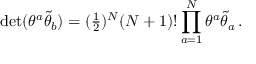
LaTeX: \operatorname * { d e t } ( \theta ^ { a } \tilde { \theta } _ { b } ) = ( \textstyle { \frac { 1 } { 2 } } ) ^ { { \cal N } } ( { \cal N } + 1 ) ! \, \displaystyle { \prod _ { a = 1 } ^ { { \cal N } } \theta ^ { a } \tilde { \theta } _ { a } } \, .